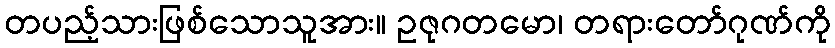
တပည့်သားဖြစ်သောသူအား။ ဥဇုဂတမော၊ တရားတော်ဂုဏ်ကို